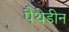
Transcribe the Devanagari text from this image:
पैथेडीन